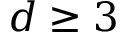
d \ge 3